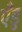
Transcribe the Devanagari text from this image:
एँडु